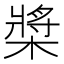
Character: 槳